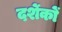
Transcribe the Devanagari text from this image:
दर्शेकों